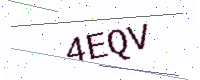
Text: 4EQV